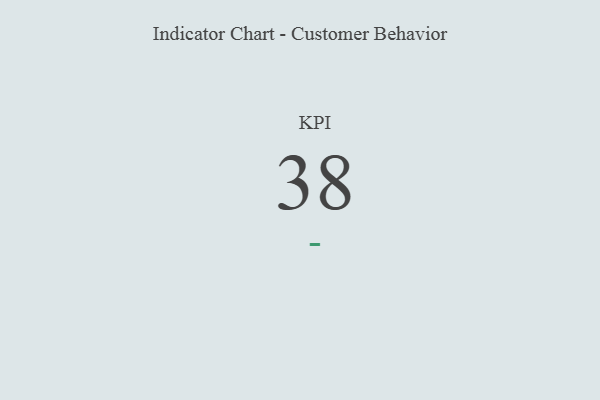
{"axis": {"x": "KPI", "y": "Value"}, "legend": [""], "data": [{"x": "KPI", "y": 38, "type": ""}]}